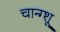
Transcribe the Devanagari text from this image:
चान्ग्शू